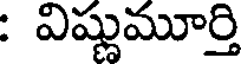
: విష్ణుమూర్తి